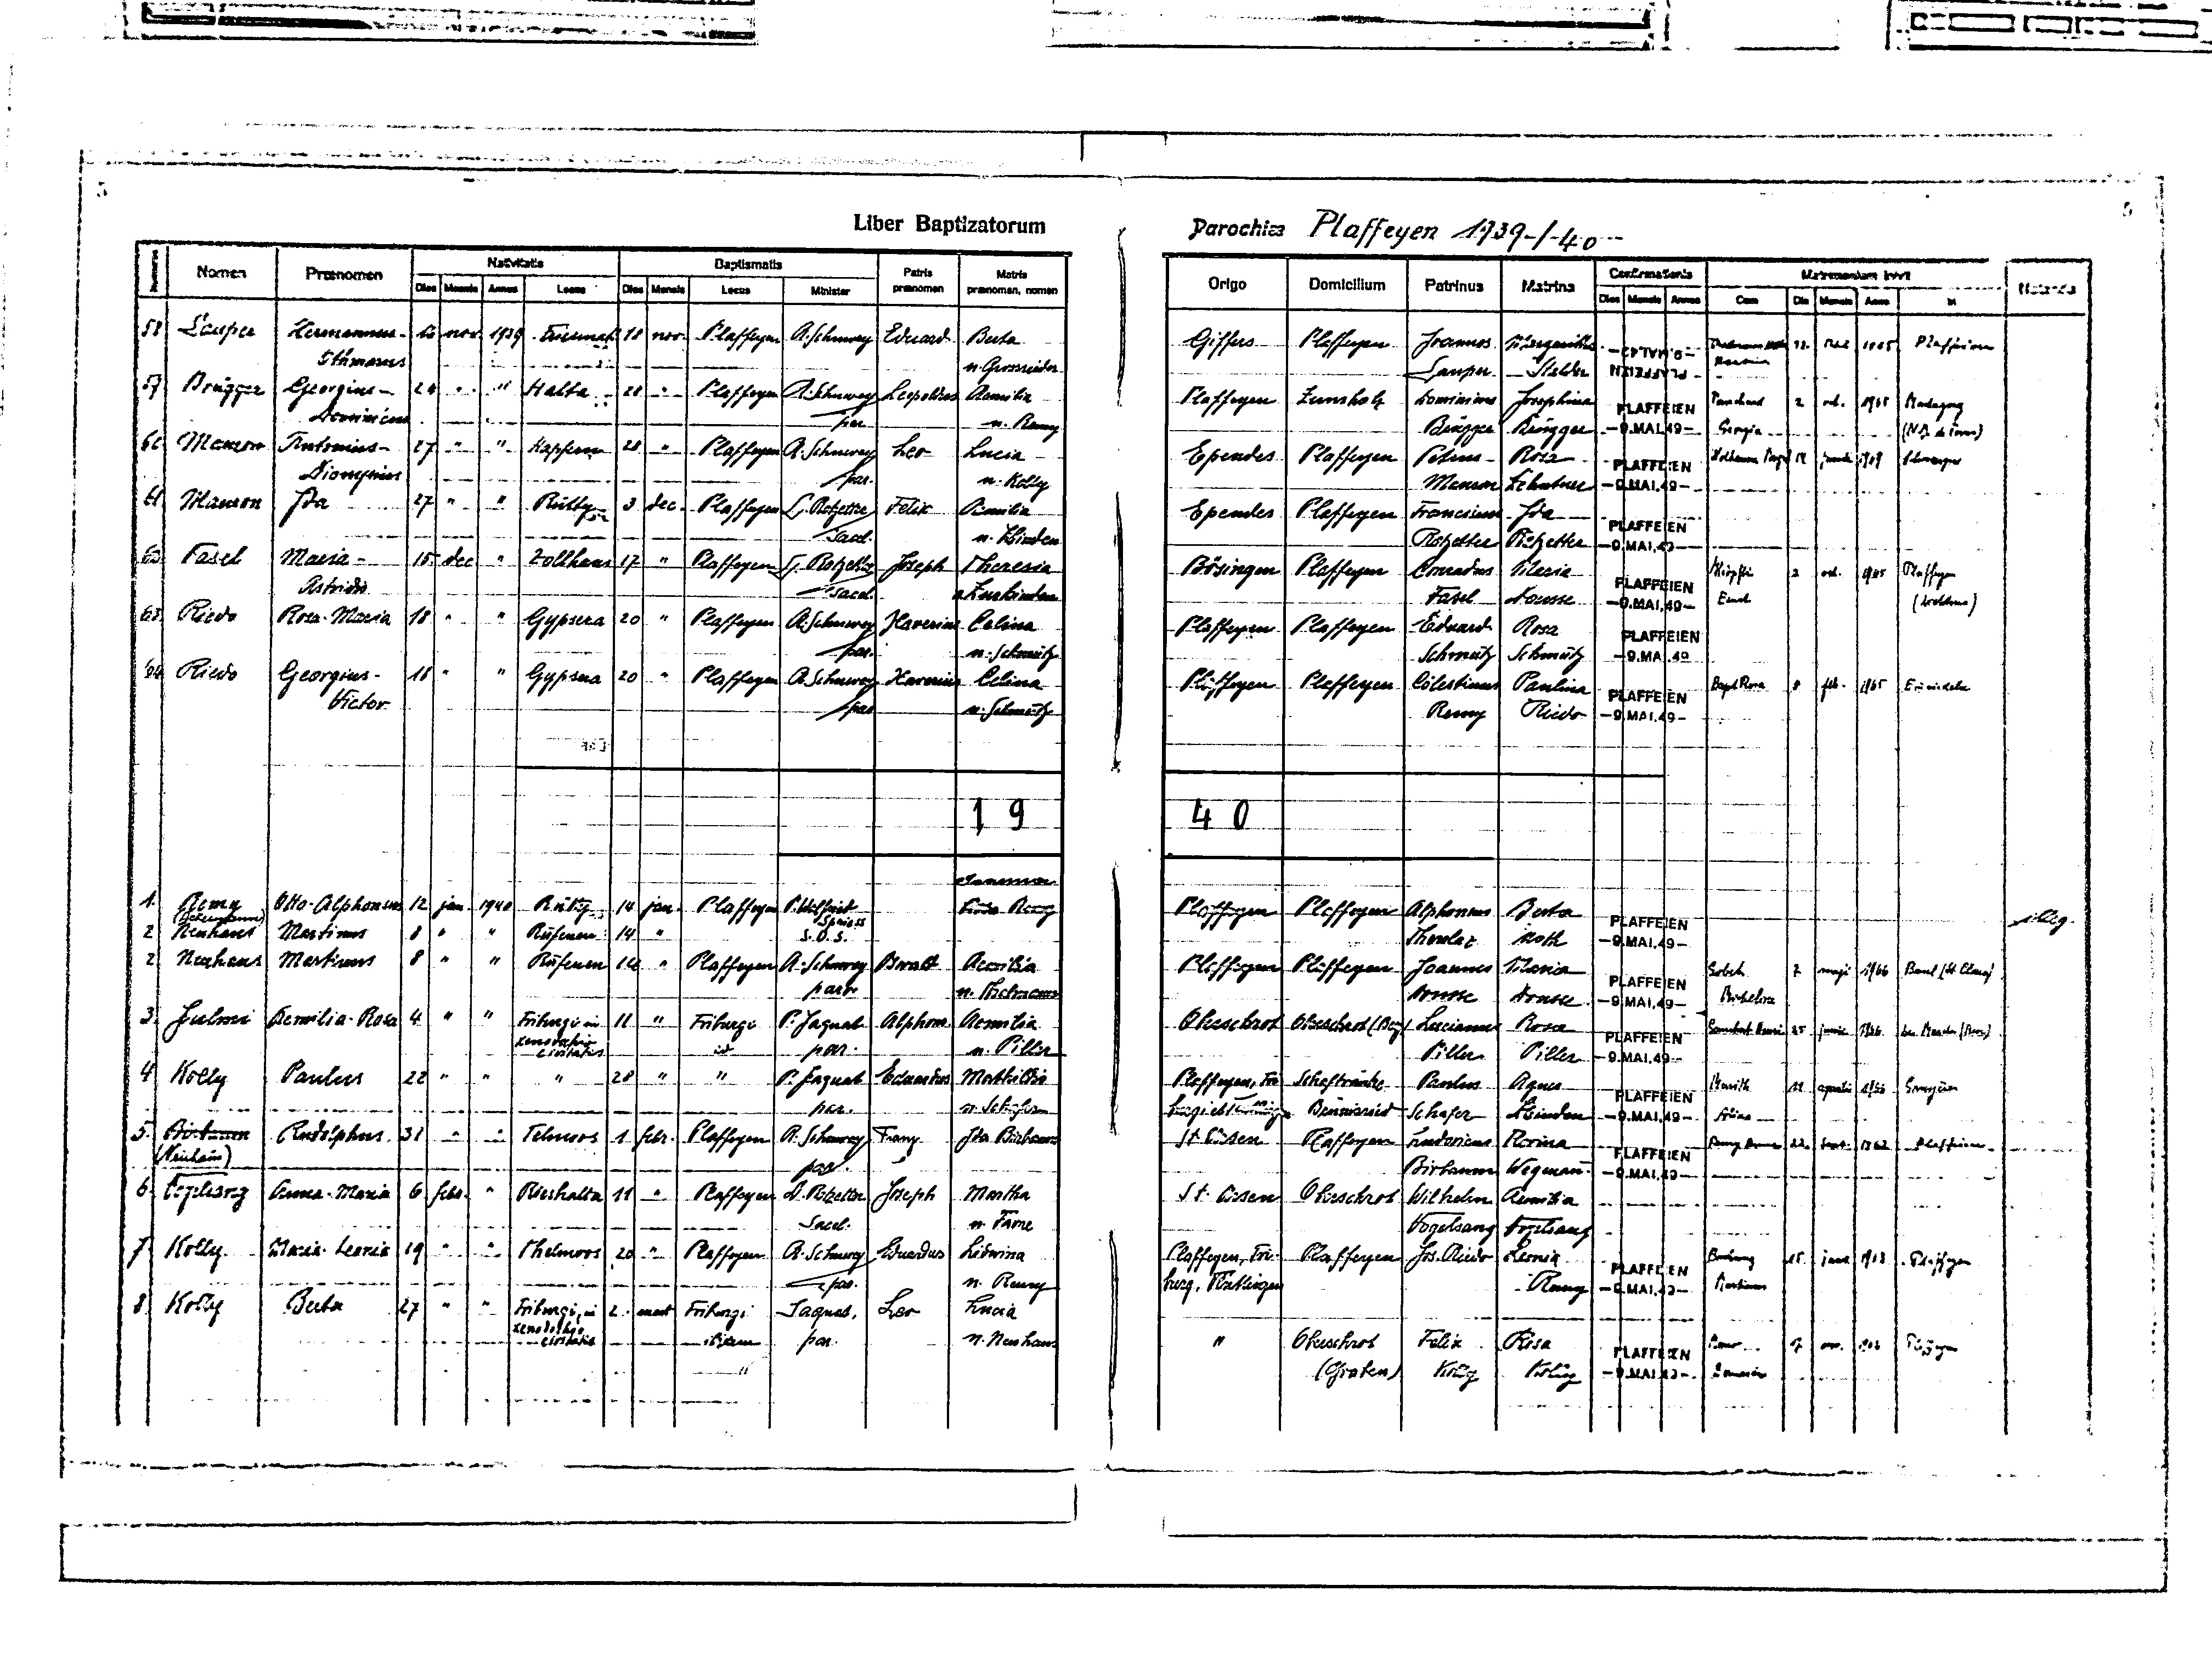
5
5
Liber Baptizatorum
Parochiae Plaffeyen 1939 / 40
Navititatis
Baptismatis
Numero
Confirmationis
Patris
Matrimonium Inivit
Matris
Nomen
Praenomen
Origo
Domicilium
Patrinus
Mensis
Dies
Mensis
Locus
praenomen
Matrina
Dies
Annus
Locus
Notanda
praenomen, nomen
Minister
Cum
Dies
Mensis
Annus
Die
Mensis
Anno
in
58
Lauper
Hermannus -
1939
16
nov.
18
Friesmatt
Plaffeyen
nov.
A. Schuwwey
Eduard
Berta
Giffers
Plaffeyen
Joannes
Margaritha
12.
Mai
Thalmann ---
1965
Plaffeien
Othmarus
Beatrice
-9.MAI.49-
n. Grossrieder
Stalder
Lauper
PLAFFEIEN
Brügger
"
"
59
Georgius-
PLaffeyen
"
Halta
28
24
A. Schuwey
Aemilia
PLaffeyen
Lepoldus
Zumholz
Pauchard
Dominicus
Jesephina
1965
2
oct.

PLAFFEIEN
Dominicus
n. Remy
par
Brügger
Brügger
-9.MAI.49-
Georgia
(N         )
"
"
60
Mauron
28
"
Antonius-
Hapfern
Leo
27
Plaffeyen
Lucia
A. Schuwey
Ependes
Plaffeyen
Rosa
Wolhauser Margrit
14
Petrus

Schwarzsee
1969
PLAFFEIEN
Dionysius
n. Kolly
par.
-9.MAI.49-
Mauron
Zehnder
"
"
61.
Ida
3
27
Mauron
Rütty
Plaffeyen
Felix
Aemilia
L. Rotzetter
Plaffeyen
Ependes
Franciscus
Ida
PLAFFEIEN
sacel.
n. Zbinden
Rotzetter
Rotzetter
-9.MAI.49-
"
62
Maria-
dec.
Zollhaus
Fasel
15.
17
Plaffeyen
Theresia
Joseph
L. Rotzetter
Maria
Plaffeyen
Bösingen
Conradus
Plaffeyen
oct.
2
1965
Stämpfli
PLAFFEIEN
Astridis
sacel.
n. Zurkinden
Fasel
Dousse
E....
(      )
-9.MAI.49-
"
63
"
Riedo
20
Rosa-Maria
"
Gypsera
PLaffeyen
18
A. Schuwey
Xaverius
Eduard.
Celina
Plaffeyen
Plaffeyen
Rosa
PLAFFEIEN
par.
n. Schmutz
Schmutz
Schmutz
-9.MAI.49-
Riedo
64
"
Georgius-
"
"
18
20
Gypsera
Plaffeyen
A. Schuwey
Celina
Xaverius
Plaffeyen
Celestinus
Plaffeyen
Paulina
8
feb.
1965
...........
Bapst Rosa
PLAFFEIEN
Viktor
par
n. Schmutz
Remy
Riedo
-9.MAI.49-
19
40
Joanna
1.
Remy
12
jan.
P. Walfried
Otto-Alphonsus
1940
14
jan.
Plaffeyen
Rütty
Plaffeyen
Berta
Maria Remy
Plaffeyen
Alphonsus
(Ackermann)
Spriess
illeg.
PLAFFEIEN
"
"
2
Neuhaus
Martinus
8
S.O.S
"
14
Rufenen
-9.MAI.49-
Noth
Thoulaz
2
"
"
8
Neuhaus
Martinus
14
"
Plaffeyen
Rufenen
A. Schuwey
Plaffeyen
PLaffeyen
Oswald
Aemilia
Maria
Joannes
Gobet
B    (St Cl   )
7
maji
1966
PLAFFEIEN
par
n. Thalmann
Dousse
Dousse
Elisabetha
-9.MAI.49-
"
"
3
4
Julmi
"
Friburgi
Aemilia-Rosa
Friburgii in
11
Rosa
P. Jaquat
Alphons.
Aemilia
Oberschrot
Oberschrot(Bep)
Lucianus
G....... ....
junii
25
1966
Les Marches (Broc)
PLAFFEIEN
Xenodochio
id
n. Piller
par.
civitatis
Piller
Piller
-9.MAI.49-
"
"
"
22
28
"
4
Mathildia
Kolly
Paulus
P. Jaquat
Eduardus
"
Plaffeyen, Fri
Paulus
Schaftränke
Agnes
Murith
11
Gruyère
1966
aprilis
PLAFFEIEN
par.
n. Schafer
burgi et Tentlingen
Brünisried
Zbinden
Schafer
-9.MAI.49-
Alicia
"
"
Birbaum
5.
31
A. Schuwey
Rudolphus
Telmoos
1
febr.
Franz
Plaffeyen
Plaffeyen
Ida Birbaum
St. Ursen
Ludivicus
Florina
Remy
Sept.
1962
22.
Plaffeien
PLAFFEIEN
(Neuhaus)
par.
Birbaum
Wegmann.
-9.MAI.49-
"
6
6.
febr.
"
Joseph
Vogelsang
Rieshalta
Plaffeyen
L. Rotzetter
Anna-Maria
Martha
St. Ursen
11
Wilhelm
Oberschrot
Aemilia
Sacel.
n. Favre
Vogelsang
Vogelsang
"
"
Maria-Leonia
7.
Kolly
"
19
Thelmoos
Eduardus
Lidwina
20
Plaffeyen
Plaffeyen, Fri-
A. Schuwey
Plaffeyen
Jos. Riedo
Leonia
Boschung
15
1963
juni
Plaffeyen
PLAFFEIEN
n. Remy
par.
Remy
Martinus
burg, Tentlingen
-9.MAI.49-
Berta
"
"
Leo
Lucia
Kolly
8
Friburgi
27
Friburgi, in
Jaquat
2.
mart
xenodochio
par.
civitatis
n. Neuhaus
Oberschrot
idem
"
Felix
M
17
Rosa
1962
Plaffeyen
nov
PLAFFEIEN
Kolly
Kolly
B
-9.MAI.49-
(Graben)